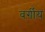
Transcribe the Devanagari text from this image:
वर्ग़ीय